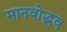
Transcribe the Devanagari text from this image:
मानवोद्भव